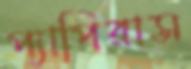
প্যাপিরাস